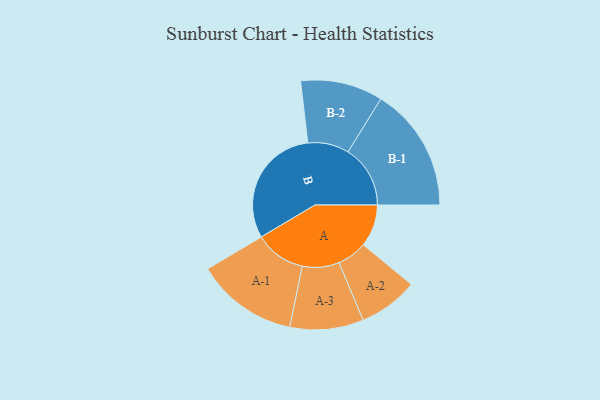
{"axis": {"x": "Segment", "y": "Value"}, "legend": ["", "A", "B"], "data": [{"x": "A", "y": 156, "type": ""}, {"x": "B", "y": 451, "type": ""}, {"x": "A-1", "y": 188, "type": "A"}, {"x": "A-2", "y": 110, "type": "A"}, {"x": "A-3", "y": 136, "type": "A"}, {"x": "B-1", "y": 230, "type": "B"}, {"x": "B-2", "y": 152, "type": "B"}]}